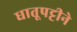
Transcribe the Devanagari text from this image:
धातूपट्टीने